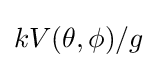
kV(\theta ,\phi )/g